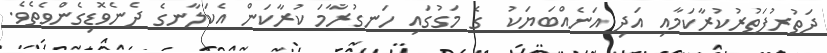
ދަތުރުފަތުރުކުރާކަމާއި އަދި އަނެއްބަޔަކު  ގެ މަގުގައި ހަނގުރާމަ ކުރާކަން އެކަލާނގެ ދެނެވޮޑިގެންވެތެވެ.